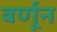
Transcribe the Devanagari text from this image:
वर्णून